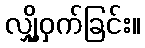
လျှို့ဝှက်ခြင်း။